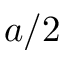
a / 2